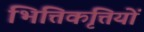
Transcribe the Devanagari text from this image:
भित्तिकृत्तियों